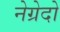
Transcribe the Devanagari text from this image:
नेग्रेदो